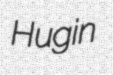
Hugin